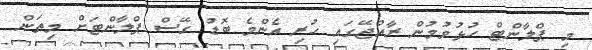
މި ޕްލާންޓް ހުޅުވުމުން ރާއްޖޭގައި ހުރި އެންމެ ބޮޑު ގޭސް ޕްލާންޓަށް މިތަން